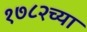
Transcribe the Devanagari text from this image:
१७८२च्या